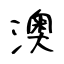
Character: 澳